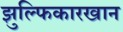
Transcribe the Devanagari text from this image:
झुल्फिकारखान